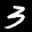
Label: 3